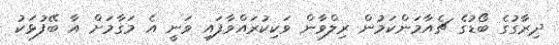
ދިރާގުގެ ބޯޑުގެ ޗެއާމަންކަމުން ރިލްވާން ވަކިކުރައްވާފައި ވަނީ އެ މަގާމަށް އާ ބޭފުޅަކު